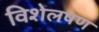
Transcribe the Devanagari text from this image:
विशेलषण